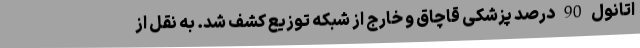
اتانول 90 درصد پزشکی قاچاق و خارج از شبکه توزیع کشف شد. به نقل از